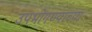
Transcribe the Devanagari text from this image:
उपभोगण्याच्या